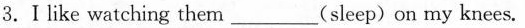
3.Ⅰlike watching them___(sleep)on my knees.